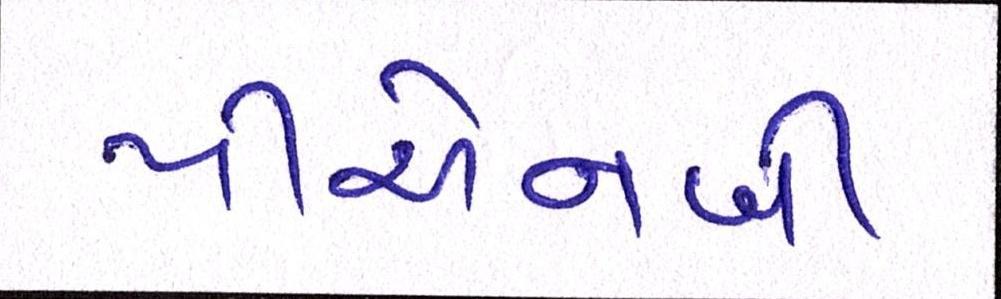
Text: પીએનબી